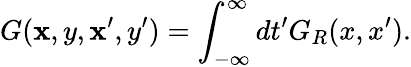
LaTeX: G({\mathbf x},y,{\mathbf x}^{\prime},y^{\prime})=\int_{-\infty}^{\infty}dt^{\prime}G_{R}(x,x^{\prime}).